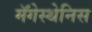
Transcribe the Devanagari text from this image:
मॅगेस्थेनिस